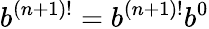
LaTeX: b^{(n+1)!}=b^{(n+1)!}b^{0}